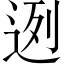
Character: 迾